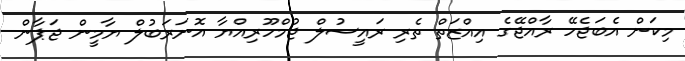
މިކަން އެބަޖެހޭ ރާއްޖޭގެ އިއްޒަތް ތެރި ރައީސުލް ޖުމްހޫރިއްޔާ އޮނަރަބުލް ޔާމީން ޖަޕާން